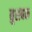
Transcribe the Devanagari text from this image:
बुशबक